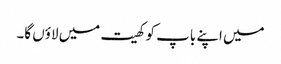
میں اپنے باپ کو کھیت میں لاؤں گا۔